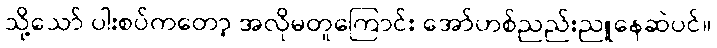
သို့သော် ပါးစပ်ကတော့ အလိုမတူကြောင်း အော်ဟစ်ညည်းညူနေဆဲပင်။